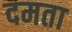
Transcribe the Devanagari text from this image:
दमता